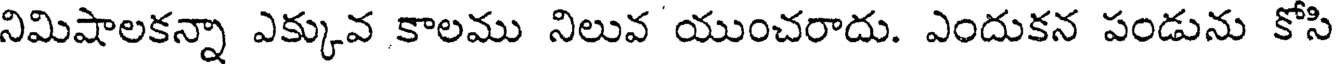
నిమిషాలకన్నా ఎక్కువ కాలము నిలువ యుంచరాదు. ఎందుకన పండును కోసి